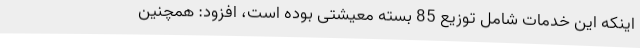
اینکه این خدمات شامل توزیع 85 بسته معیشتی بوده است، افزود: همچنین